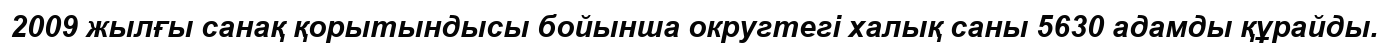
2009 жылғы санақ қорытындысы бойынша округтегі халық саны 5630 адамды құрайды.